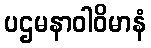
ပဌမနာဝါဝိမာနံ